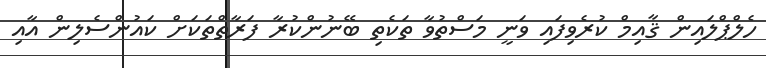
ހެލްޕްލައިން ޤާއިމް ކުރެވިފައި ވަނީ މަސްތުވާ ތަކެތި ބޭނުންކުރާ ފަރާތްތަކަށް ކައުންސެލިން އާއި